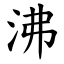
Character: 沸